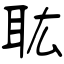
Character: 耾